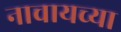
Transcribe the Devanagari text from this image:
नाचायच्या